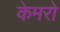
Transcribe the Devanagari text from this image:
केमरो